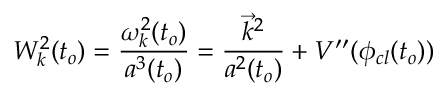
W _ { k } ^ { 2 } ( t _ { o } ) = \frac { \omega _ { k } ^ { 2 } ( t _ { o } ) } { a ^ { 3 } ( t _ { o } ) } = \frac { \vec { k } ^ { 2 } } { a ^ { 2 } ( t _ { o } ) } + V ^ { \prime \prime } ( \phi _ { c l } ( t _ { o } ) )